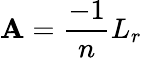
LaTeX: \mathbf{A}=\frac{{-1}}{{n}}L_{r}